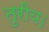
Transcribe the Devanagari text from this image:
तुरीय।